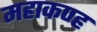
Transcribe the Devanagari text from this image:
महाकण्ह